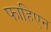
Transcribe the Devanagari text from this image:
फाहिएन